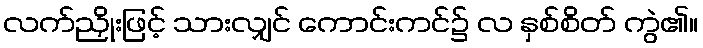
လက်ညှိုးဖြင့် သားလျှင် ကောင်းကင်၌ လ နှစ်စိတ် ကွဲ၏။